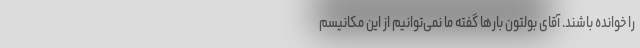
را خوانده باشند. آقای بولتون بارها گفته ما نمی‌توانیم از این مکانیسم